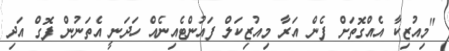
"މިއުޒިކާ އެއްގޮތަށް ފެން އަރާ މިއުޒިކަލް ފައުންޓެއިނެއް ހަދަނީ އެތަނުން ފޮގް އަދި